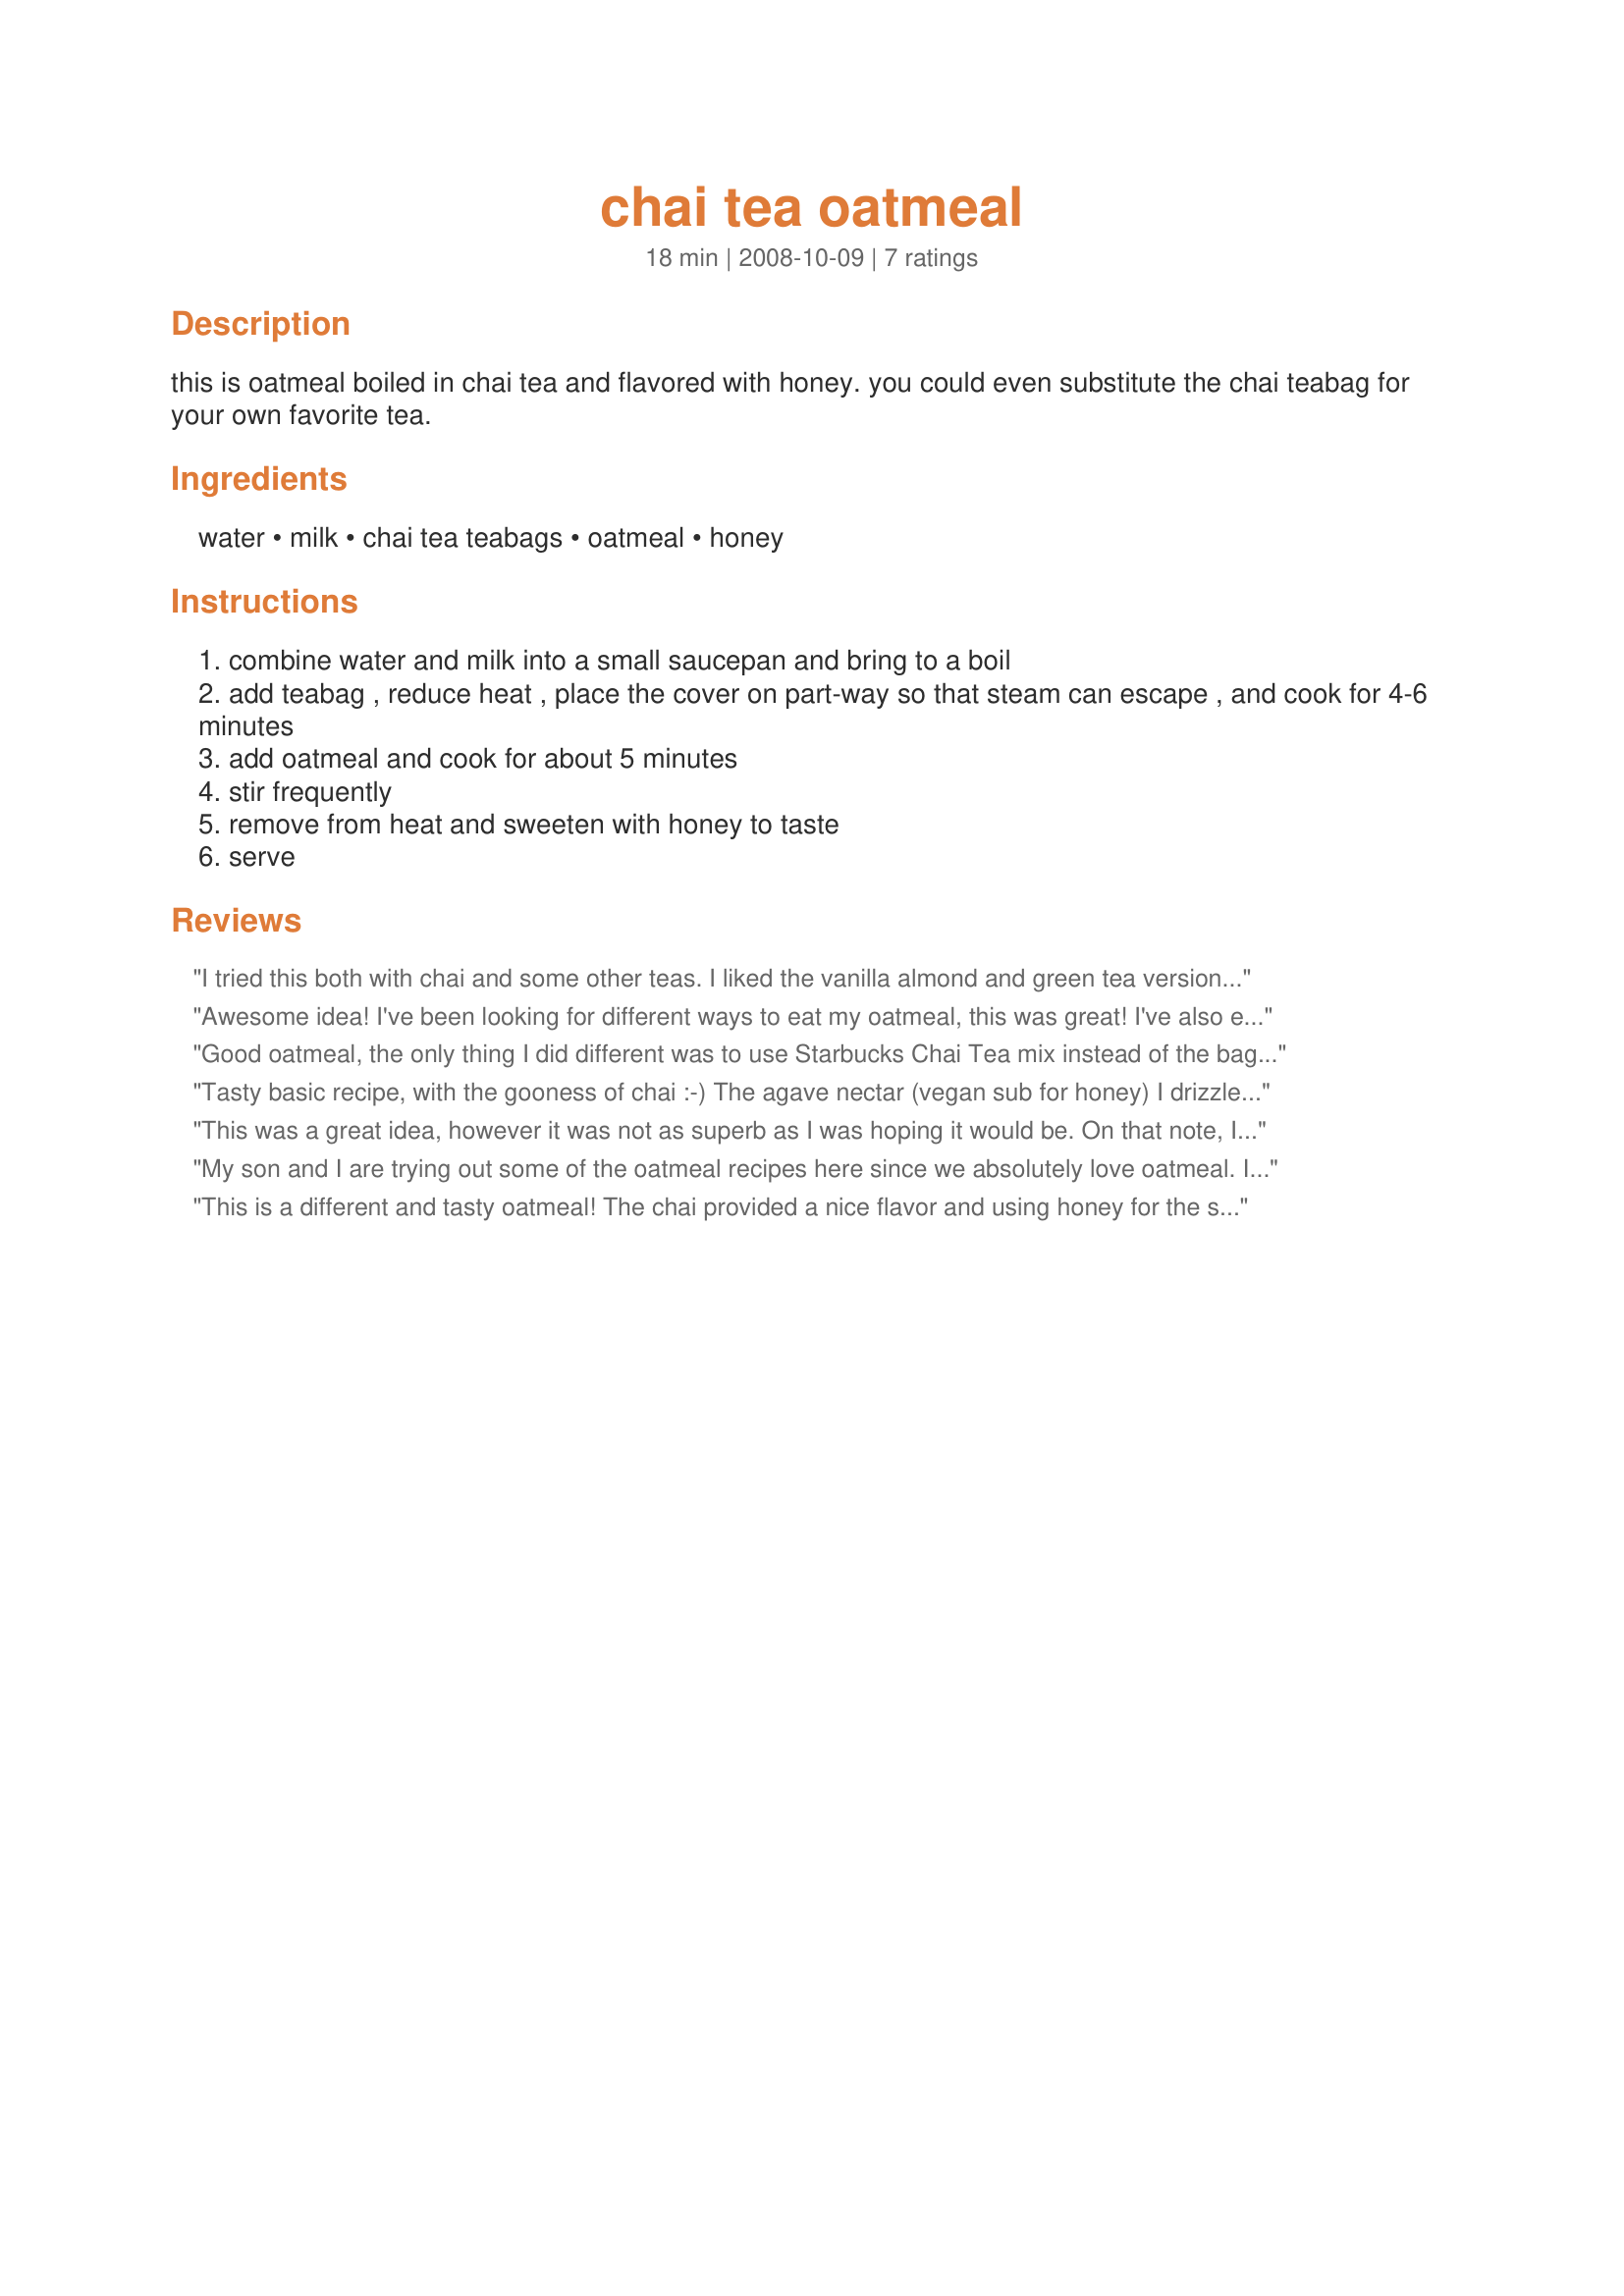
chai tea oatmeal
Preparation time: 18 minutes

this is oatmeal boiled in chai tea and flavored with honey. you could even substitute the chai teabag for your own favorite tea.

Ingredients:
water, milk, chai tea teabags, oatmeal, honey

Steps:
combine water and milk into a small saucepan and bring to a boil
add teabag , reduce heat , place the cover on part-way so that steam can escape , and cook for 4-6 minutes
add oatmeal and cook for about 5 minutes
stir frequently
remove from heat and sweeten with honey to taste
serve

Reviews:
I tried this both with chai and some other teas. I liked the vanilla almond and green tea versions better than the chai, though they are definitely more subtle. It opens the door to try all kinds of other teas in your oatmeal. It is a nice change to have some differrent flavors in there.
Awesome idea! I've been looking for different ways to eat my oatmeal, this was great! I've also experimented with blueberry tea - yum! Thanks for sharing!
Good oatmeal, the only thing I did different was to use Starbucks Chai Tea mix instead of the bags. I also didn't need to add any honey. Very nice. I think next time I will add raisins. Thanks for posting.
Tasty basic recipe, with the gooness of chai :-) The agave nectar (vegan sub for honey) I drizzled on top was perfect. Thanks for posting!
This was a great idea, however it was not as superb as I was hoping it would be. On that note, I will probably make it again sometime though for a change of oatmeal pace. I used Trader Joe's Chai Mix and I did not need any honey (I did try it on a spoonful and did not care for the honey-chai-oatmeal taste). I also like my oatmeal very, very thick so I used 1/4 c milk, 1/4 c water, 1/2 portion Chai mix to the 1/2 c oatmeal, but the recipe portions are spot-on typical liquid to oatmeal ratios. Thanks very much for the basic concept - I would also like to experiment with other flavored teas as a way to flavor my oatmeal and I hadn't thought of this idea on my own! Thank you.
My son and I are trying out some of the oatmeal recipes here since we absolutely love oatmeal. I thought the taste of Chai sounded like a natural combo with Oatmeal. Either I did it wrong, or the combo just didn't work for our taste buds. It sounded so promising. :-(
This is a different and tasty oatmeal! The chai provided a nice flavor and using honey for the sweetener was a good match. Enjoyed this breakfast - thanks for posting the recipe! Made for the Comfort Cafe Event, January 2010
